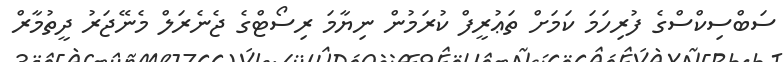
ސަބްސިކްސްގެ ފުރިހަމަ ކަމަށް ތަޢުރީފް ކުރަމުން ނިޔާމަ ރިސޯޓްގެ ޖެނެރަލް މެނޭޖަރު ދީތުމާރް